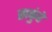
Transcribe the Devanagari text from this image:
सकुंडे